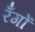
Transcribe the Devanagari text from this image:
रँगों